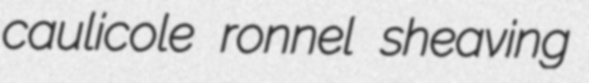
caulicole ronnel sheaving